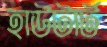
হাউটার্ট